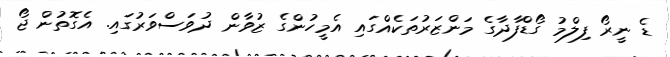
ޑެ ނީރޯ ފިލްމު ގޯޑްފާދާގެ މަންޒަރުތަކެއްގައި އެމީހުންގެ ޒުވާން ދުވަސްވަރުގައި. އެގޮތުން ޖޯ